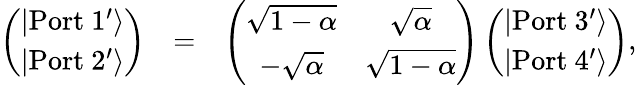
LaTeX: \begin{array}{rlr}{\left(\begin{array}{c}{|\mathrm{Port\ 1^{\prime}}\rangle}\\ {|\mathrm{Port\ 2^{\prime}}\rangle}\end{array}\right)}&{=}&{\left(\begin{array}{cc}{\sqrt{1-\alpha}}&{\sqrt{\alpha}}\\ {-\sqrt{\alpha}}&{\sqrt{1-\alpha}}\end{array}\right)\left(\begin{array}{c}{|\mathrm{Port\ 3^{\prime}}\rangle}\\ {|\mathrm{Port\ 4^{\prime}}\rangle}\end{array}\right),}\end{array}